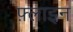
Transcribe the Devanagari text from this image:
फ़्लाइन